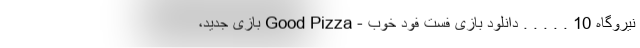
نیروگاه 10 . . . . . دانلود بازی فست فود خوب - Good Pizza بازی جدید،